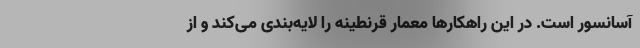
آسانسور است. در این راهکارها معمار قرنطینه را لایه‌بندی می‌کند و از